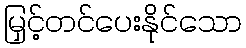
မြှင့်တင်ပေးနိုင်သော